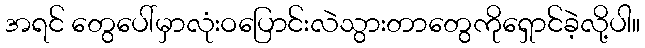
အရင် တွေပေါ်မှာလုံးဝပြောင်းလဲသွားတာတွေကိုရှောင်ခဲ့လို့ပါ။